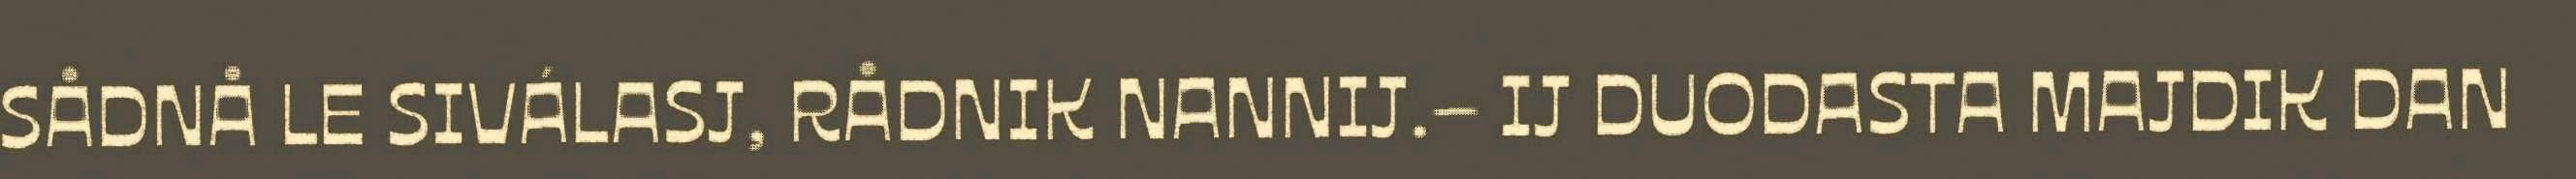
SÅDNÅ LE SIVÁLASJ, RÅDNIK NANNIJ.– IJ DUODASTA MAJDIK DAN